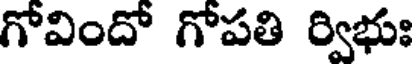
గోవిందో గోపతి ర్విభుః